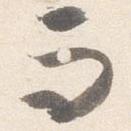
而